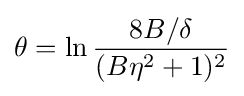
\theta =\ln {\frac {8B/\delta }{(B\eta ^{2}+1)^{2}}}